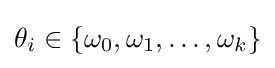
\theta _{i}\in \left\{\omega _{0},\omega _{1},\ldots ,\omega _{k}\right\}